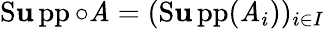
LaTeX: \operatorname{S\mathbf{u}pp}\circ\mathit{A}=(\operatorname{S\mathbf{u}pp}(\mathit{A}_{i}))_{i\in{I}}